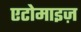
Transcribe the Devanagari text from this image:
एटोमाइज़